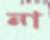
না